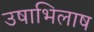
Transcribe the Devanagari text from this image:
उषाभिलाष